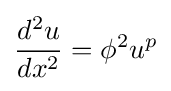
{\frac {d^{2}u}{dx^{2}}}=\phi ^{2}u^{p}